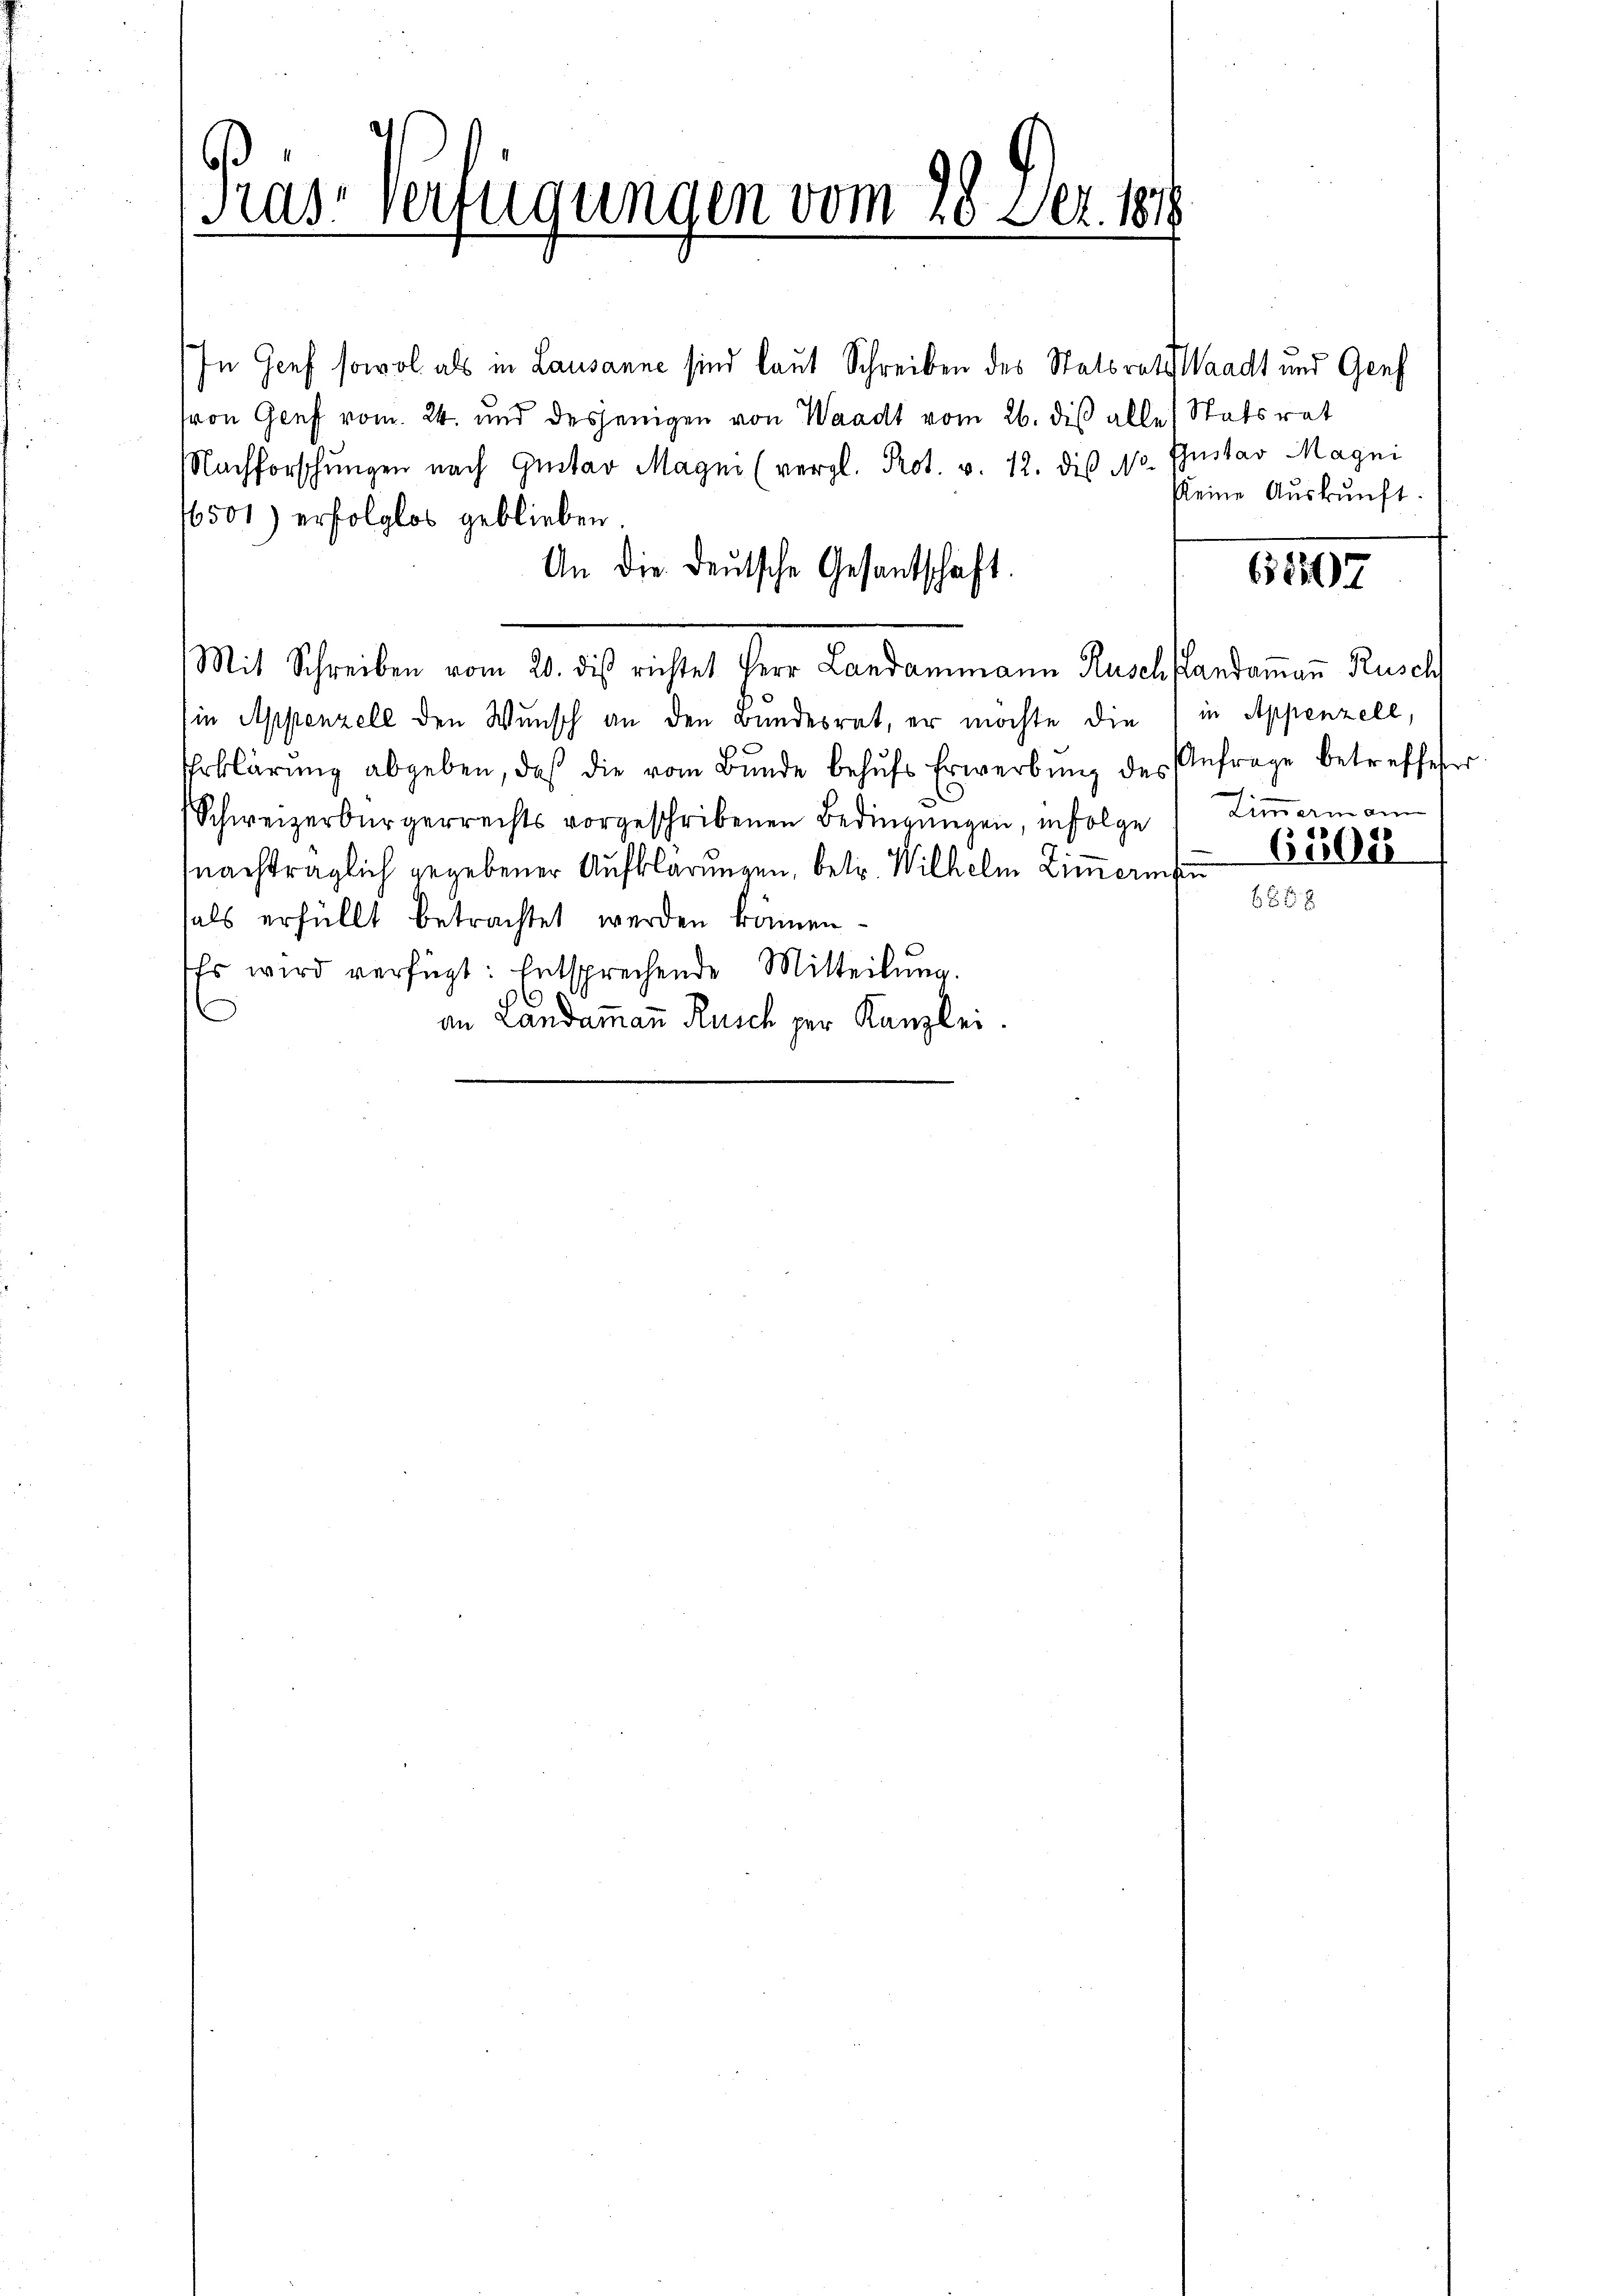
Pras Verfügungen vom 28 Dez. 18

In Genf sowol als in Lausanne sind laut Schreiben des Statsrats Waadt und Genf
von Genf vom 24. und desjenigen von Waadt vom 26. diß alle Statsrat
NNachforschungen nach Gustav Magno (vergl. Prot. v. 12. die Nr. Gustav Magni
16501) erfolglos geblieben
An die deutsche Gesantschaft.
Mit Schreiben vom 20. des richtet verr Landammann Rusch fandammann Rusch
sin Appenzell den Wunsch an den Bundesrat, er möchte die in Appenzell,
Erklärŭng abgeben, daß die vom Bŭnde behŭfs Erwerbŭng des Anfrage betreffeter
Schweizerbürgerrechts vorgeschribenen Bedingungen, infolge einerin am
nachträglich gegebener Aufklärungen, betr. Wilhelm Zimmerm 1888
als erfüllt betrachtet werden können.
Es wird verfügt: Entsprechende Mitteilung.
an Landammann Reich per Kanzlei.

keine Auskunft.

62107

.

6688